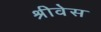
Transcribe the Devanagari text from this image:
श्रीवेस